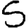
Digit: 5